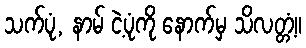
သက်ပုံ, နာမ် ငဲ့ပုံကို နောက်မှ သိလတ္တံ့။